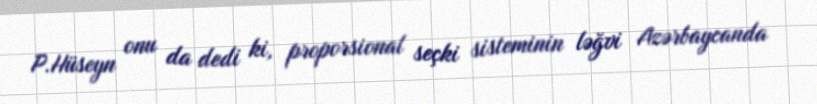
P.Hüseyn onu da dedi ki, proporsional seçki sisteminin ləğvi Azərbaycanda